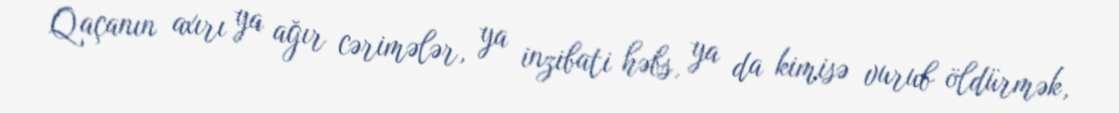
Qaçanın axırı ya ağır cərimələr, ya inzibati həbs, ya da kimisə vurub öldürmək,